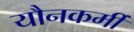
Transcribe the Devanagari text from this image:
यौनकर्मी